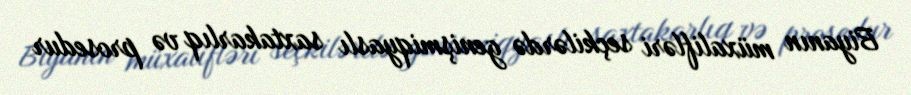
Biyanın müxalifləri seçkilərdə genişmiqyaslı saxtakarlıq və prosedur